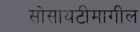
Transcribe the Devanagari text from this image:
सोसायटीमागील